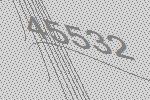
45532